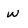
Character: w